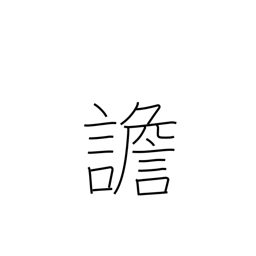
Meaning: delirious talk